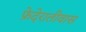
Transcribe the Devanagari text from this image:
फ़ेदेरातीवास